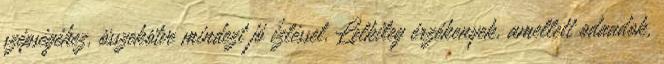
szépségéhez, összekötve mindezt jó ízléssel. Lelkileg érzékenyek, amellett odaadok,